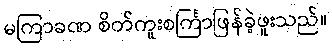
မကြာခဏ စိတ်ကူးစင်္ကြာဖြန်ခဲ့ဖူးသည်။